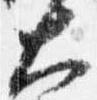
大